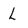
Character: l